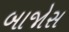
બાજોસ